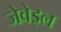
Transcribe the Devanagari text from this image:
जेवेइल